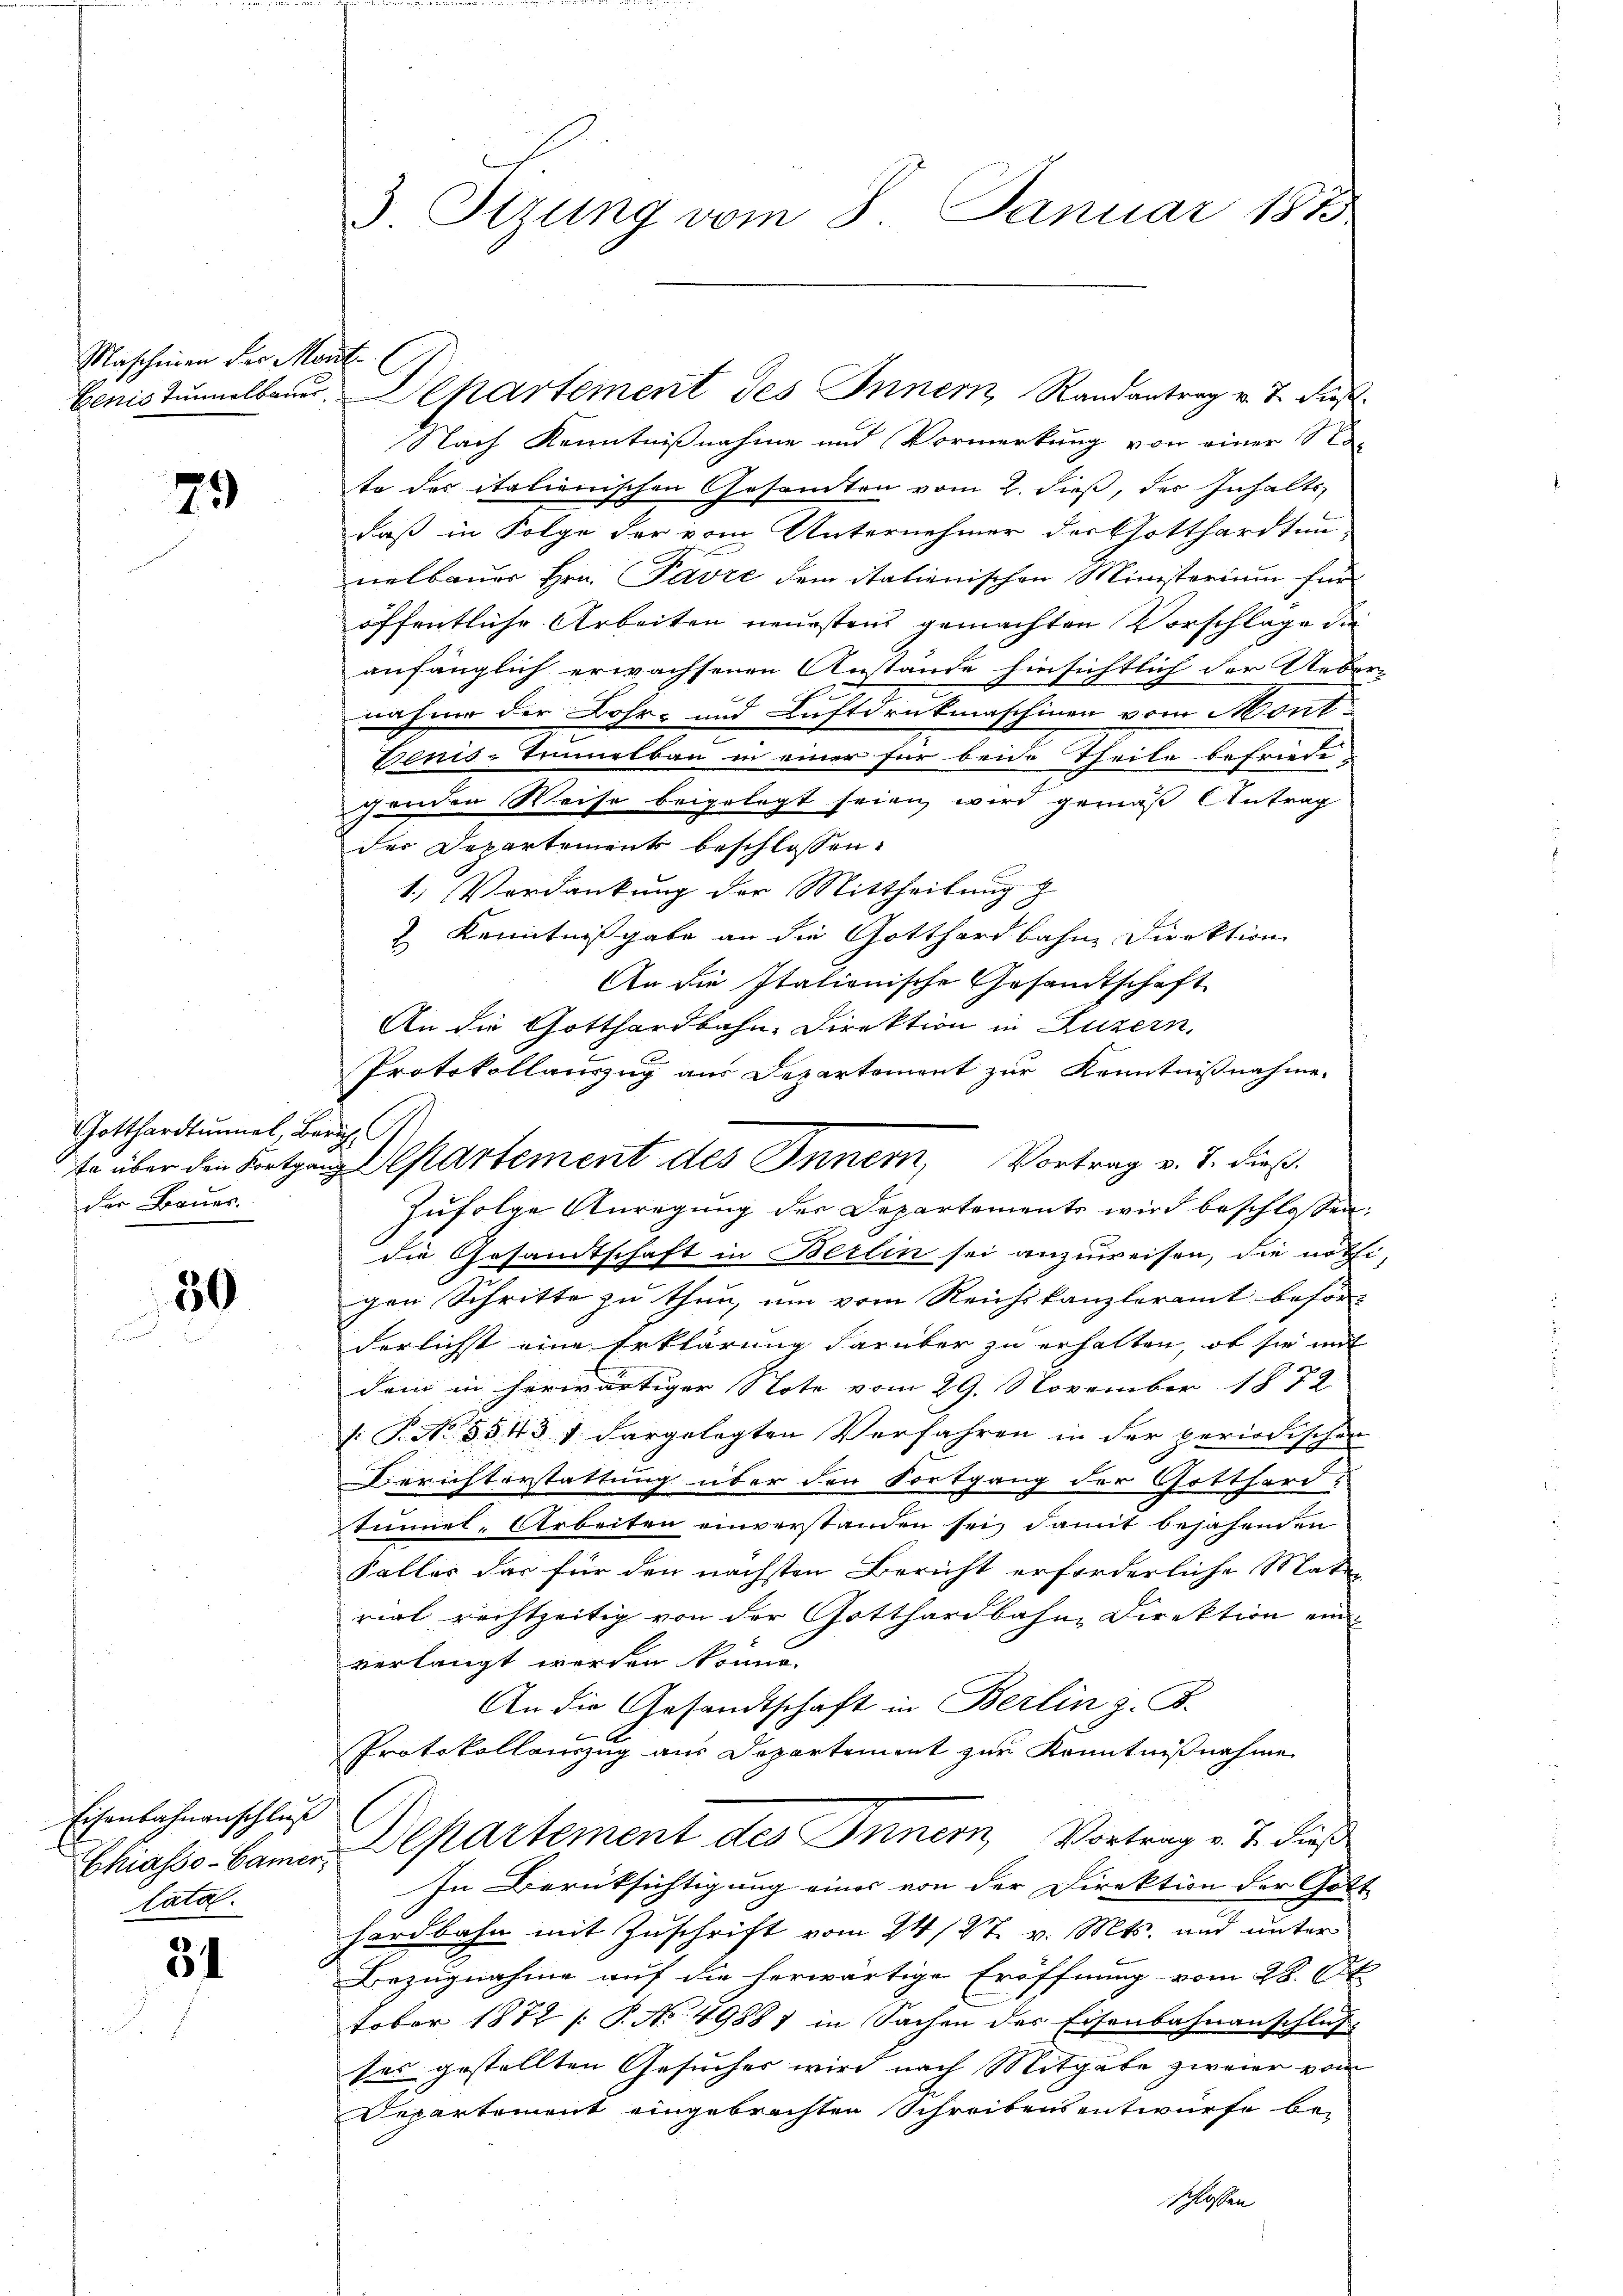
Maschinen der Mont

79

Gotthardtunnel, Zürich,
der Bauer.

50

Eisenbahnanschluß
Catal

34

3 Tizung vom 8. Januar 184

Nach Kenntnißnahme und Vormerkung von einer Nate des italienischen Gesamten vom 2. dieß, des Inhalts
daß in Folge der vom Unternehmer der Gotthardtun-
nelbauer Hrn. Pavre dem italienischen Ministerium für
öffentliche Arbeiten neuestens gemachten Vorschlage die
anfänglich erwachsenen Anstände hinsichtlich der Uebe
nahme der Bahr- und Luftdruckmaschinen vom Mont
Benis-Tielbau in einer für beide Theile befriede-
genden Weise beigelegt seien wird gemäß Antrag
der Departement beschlossen:
1.) Verdankung der Mittheilung z
 Kenntnißgabe an die Gotthardbahne Direktion
An die Itationische Gesandtschaft
An die Gotthardbahn-Direktion in Luzern.
Protokollauszug aus Departement zur Kenntnißnahme.
Zufolge Anregung der Departements wird beschlossen:
die Gesamtschaft in Berlin sei anzuweisen, die nöth
gen Schritte zu thun, um vom Reichskanzleramt beför-
derlichst eine Erklärung darüber zu erhalten, ob sie mit
dem in herwärtiger Note vom 29. November 1872
: P. Nr. 3543 1 dargelegten Verfahren in der periodischen
Berichterstattung über den Fortgang der Gotthard-
Tunnel-Arbeiten einverstanden sei, damit bejahenden
Falles das für den nächsten Bericht erforderliche Material rechtzeitig von der Gotthardbahne Direktion ein
verlangt werden könne.
An die Gesandtschaft in Berlin z. B.
x
Protokollauszug aus Departement zur Kenntnißnahme
Chiasso- Bauer Departement des Innern, Vortrag v. J. dieß
In Berüksichtigung einer von der Direktion der Gott-
hardbahn mit Zuschrift vom 24/27. v. Mts. und unter
Bezugnahme auf die herwärtige Eröffnung vom 28. 681
tober 1872 /: P. No 49881 in Sachen der Eisenbahnanschluß
tes gestellten Gesucher wird nach Mitgabe zweier vom
Departement eingebrachten Schreibensentwürfe be-
schlossen

Benis tŭnlbauer Departement des Innern Randantrag v. J. dies

so über den Bretzung departement des Innern, Vortrag v. J. dieß.

.

2